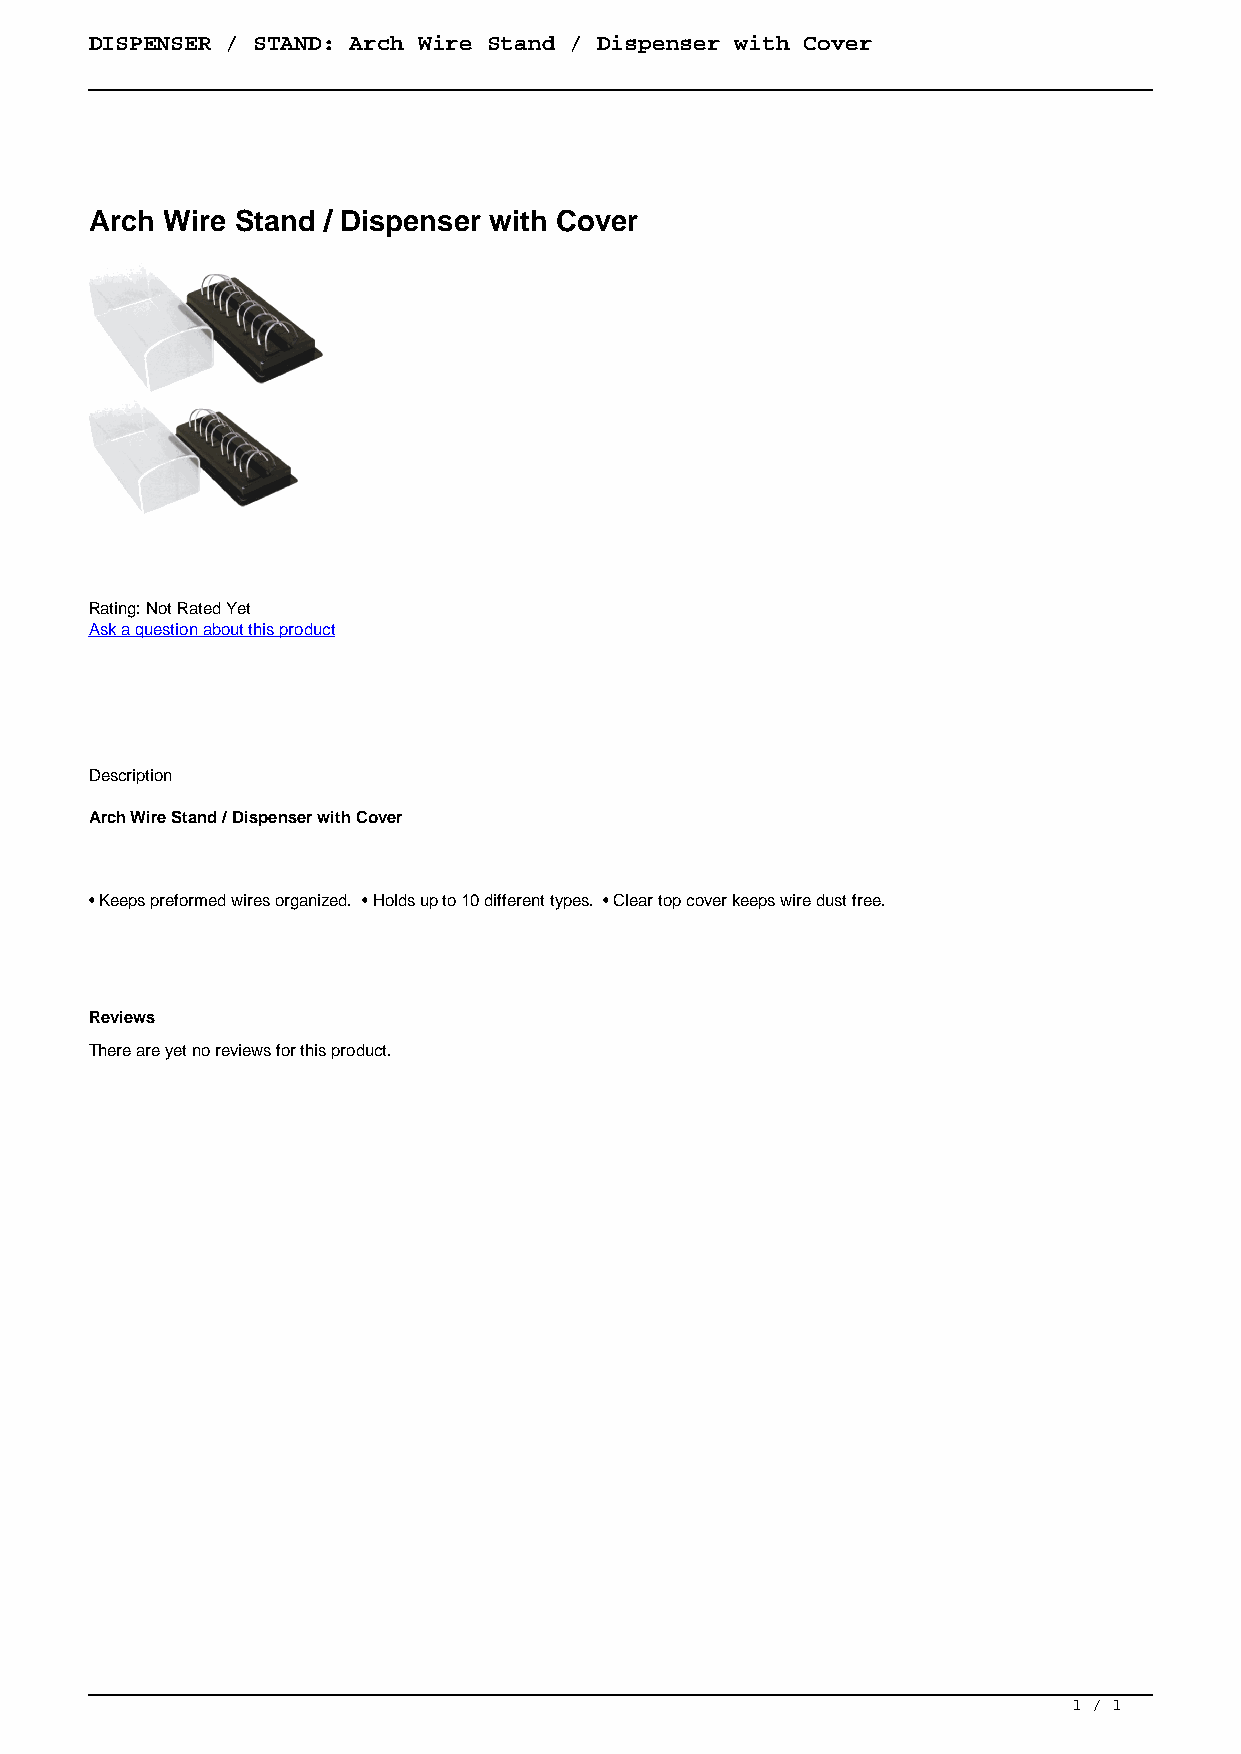
DISPENSER / STAND: Arch Wire Stand / Dispenser with Cover
 Arch Wire Stand / Dispenser with Cover
 Rating: Not Rated Yet
 Ask a question about this product
 Description
 Arch Wire Stand / Dispenser with Cover
 • Keeps preformed wires organized. • Holds up to 10 different types. • Clear top cover keeps wire dust free.
 Reviews
 There are yet no reviews for this product.
 1 / 1
 Powered by TCPDF (www.tcpdf.org)